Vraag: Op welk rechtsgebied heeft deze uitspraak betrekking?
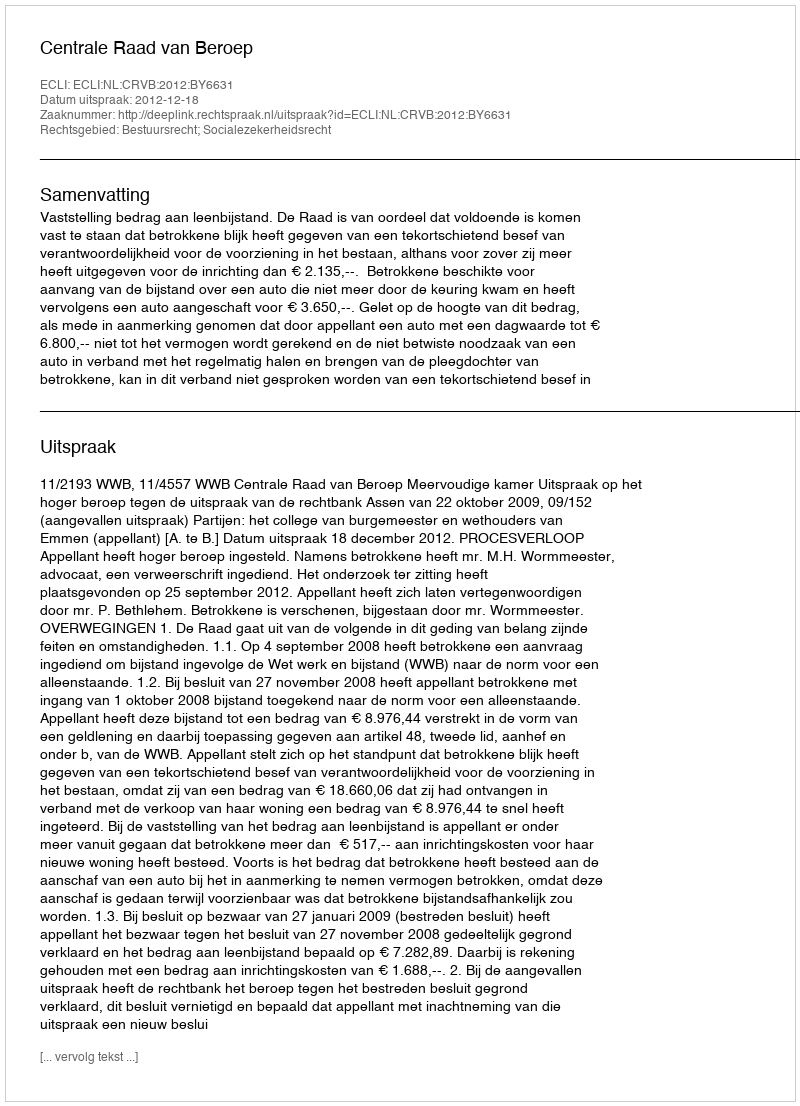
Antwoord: Bestuursrecht; Socialezekerheidsrecht